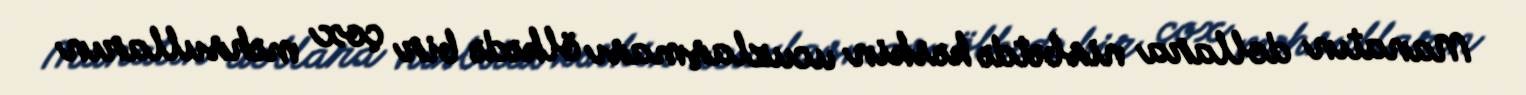
Manatın dollara nisbətdə kəskin ucuzlaşması ölkədə bir çox məhsulların